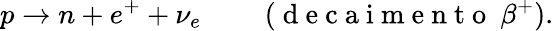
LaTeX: p\to n+e^{+}+\nu_{e}\qquad\mathrm{~(~d~e~c~a~i~m~e~n~t~o~}~\beta^{+}).